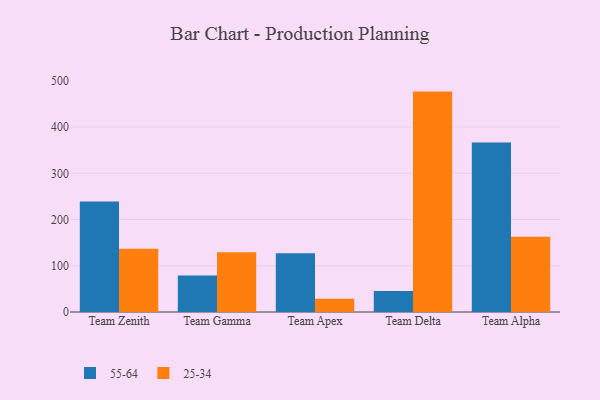
{"axis": {"x": "Team", "y": "Backlog"}, "legend": ["25-34", "55-64"], "data": [{"x": "Team Zenith", "y": 239.1, "type": "55-64"}, {"x": "Team Zenith", "y": 136.8, "type": "25-34"}, {"x": "Team Gamma", "y": 78.8, "type": "55-64"}, {"x": "Team Gamma", "y": 129.0, "type": "25-34"}, {"x": "Team Apex", "y": 127.1, "type": "55-64"}, {"x": "Team Apex", "y": 28.4, "type": "25-34"}, {"x": "Team Delta", "y": 45.2, "type": "55-64"}, {"x": "Team Delta", "y": 476.7, "type": "25-34"}, {"x": "Team Alpha", "y": 366.6, "type": "55-64"}, {"x": "Team Alpha", "y": 162.8, "type": "25-34"}]}